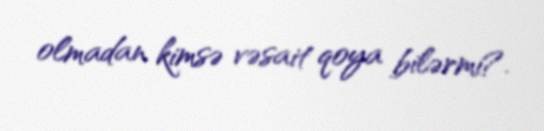
olmadan kimsə vəsait qoya bilərmi?.